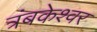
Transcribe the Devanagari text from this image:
त्रंबकेश्वर